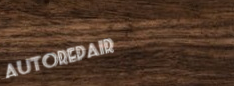
AutoRepair